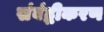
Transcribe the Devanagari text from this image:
संबंद्धीकरण